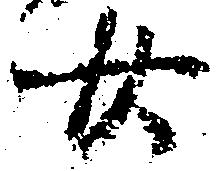
廿